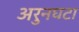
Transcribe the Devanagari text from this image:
अरुनघटा